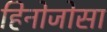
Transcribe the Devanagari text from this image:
हिनोजोसा